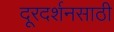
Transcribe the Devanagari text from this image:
दूरदर्शनसाठी